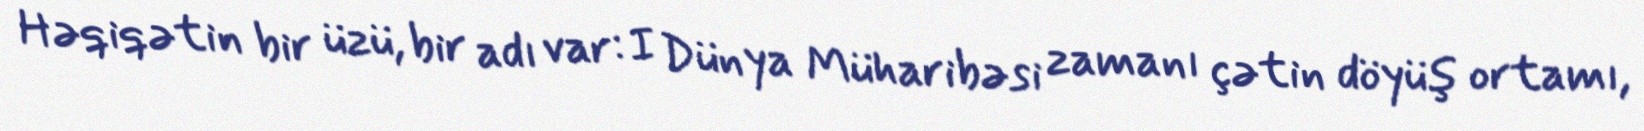
Həqiqətin bir üzü, bir adı var: I Dünya Müharibəsi zamanı çətin döyüş ortamı,